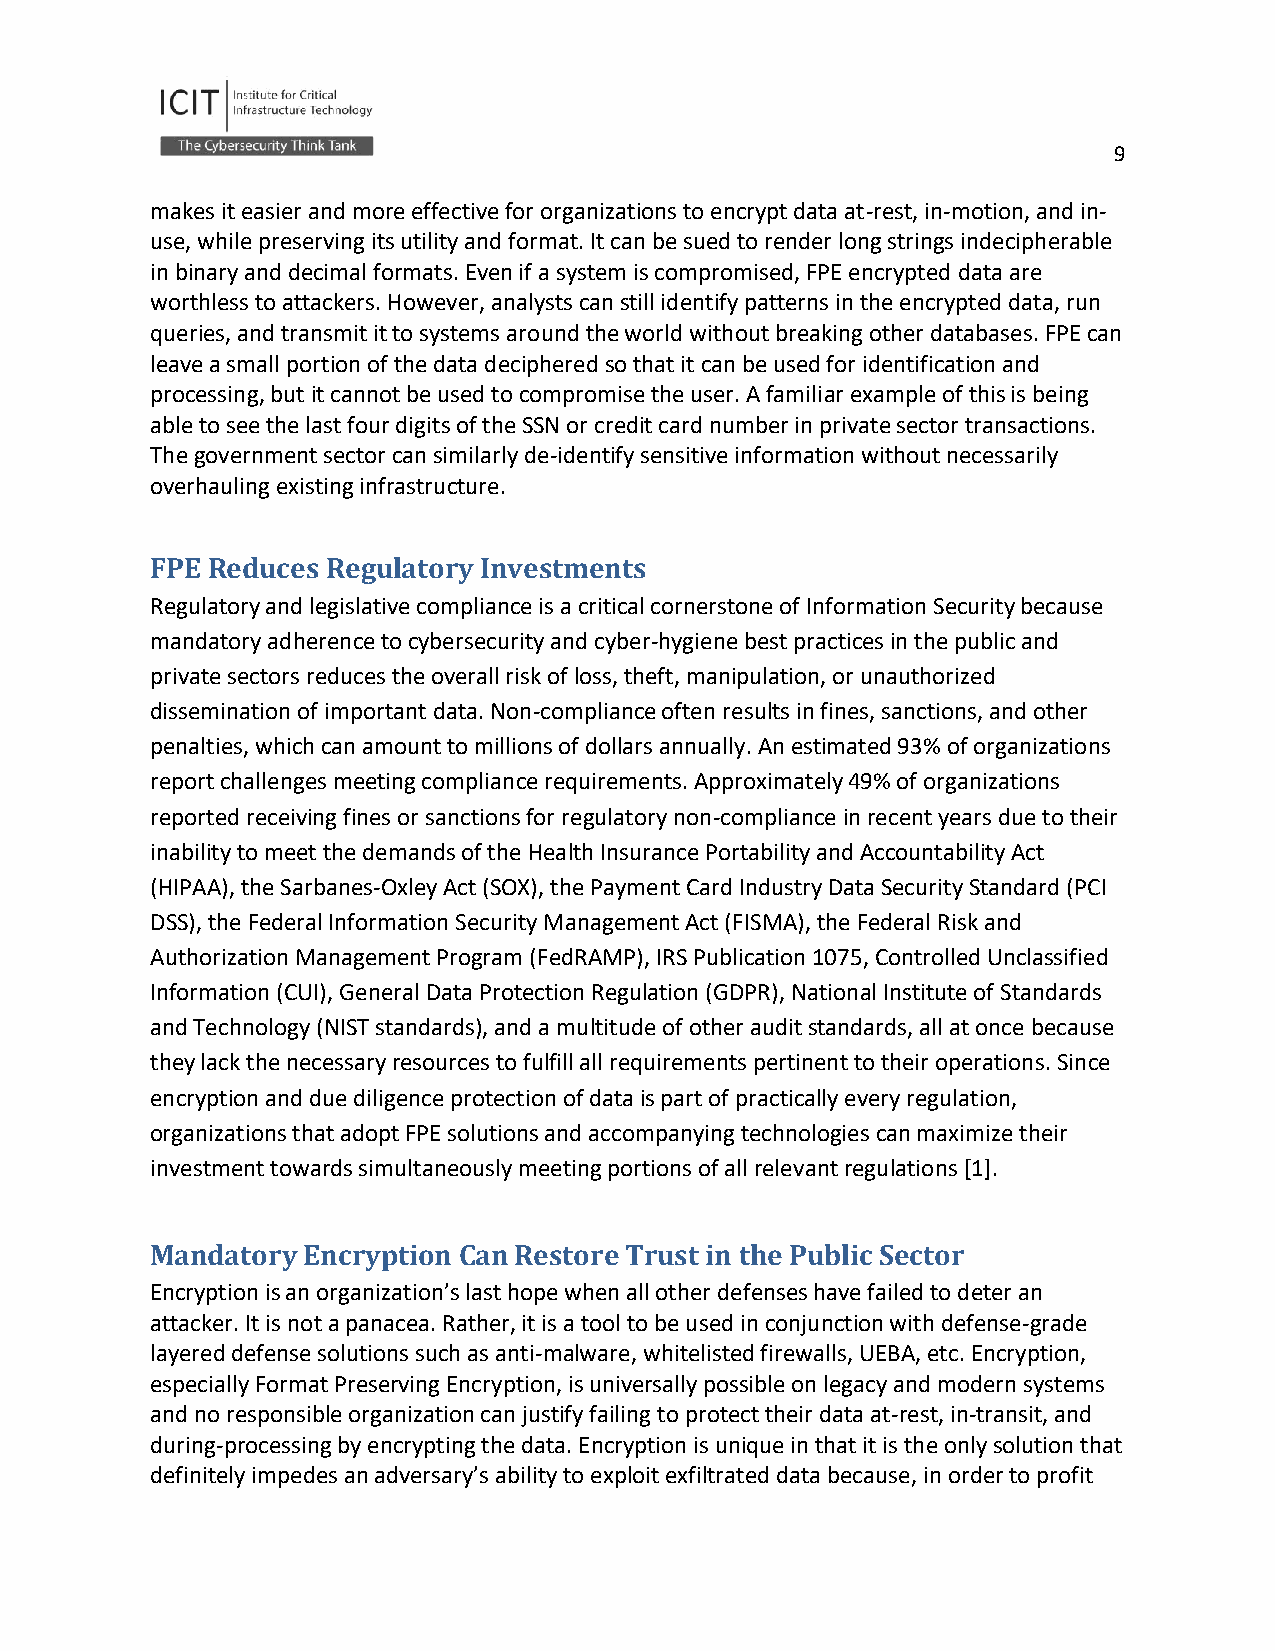
9
 makes it easier and more effective for organizations to encrypt data at-rest, in-motion, and in-
 use, while preserving its utility and format. It can be sued to render long strings indecipherable
 in binary and decimal formats. Even if a system is compromised, FPE encrypted data are
 worthless to attackers. However, analysts can still identify patterns in the encrypted data, run
 queries, and transmit it to systems around the world without breaking other databases. FPE can
 leave a small portion of the data deciphered so that it can be used for identification and
 processing, but it cannot be used to compromise the user. A familiar example of this is being
 able to see the last four digits of the SSN or credit card number in private sector transactions.
 The government sector can similarly de-identify sensitive information without necessarily
 overhauling existing infrastructure.
 FPE Reduces Regulatory Investments
 Regulatory and legislative compliance is a critical cornerstone of Information Security because
 mandatory adherence to cybersecurity and cyber-hygiene best practices in the public and
 private sectors reduces the overall risk of loss, theft, manipulation, or unauthorized
 dissemination of important data. Non-compliance often results in fines, sanctions, and other
 penalties, which can amount to millions of dollars annually. An estimated 93% of organizations
 report challenges meeting compliance requirements. Approximately 49% of organizations
 reported receiving fines or sanctions for regulatory non-compliance in recent years due to their
 inability to meet the demands of the Health Insurance Portability and Accountability Act
 (HIPAA), the Sarbanes-Oxley Act (SOX), the Payment Card Industry Data Security Standard (PCI
 DSS), the Federal Information Security Management Act (FISMA), the Federal Risk and
 Authorization Management Program (FedRAMP), IRS Publication 1075, Controlled Unclassified
 Information (CUI), General Data Protection Regulation (GDPR), National Institute of Standards
 and Technology (NIST standards), and a multitude of other audit standards, all at once because
 they lack the necessary resources to fulfill all requirements pertinent to their operations. Since
 encryption and due diligence protection of data is part of practically every regulation,
 organizations that adopt FPE solutions and accompanying technologies can maximize their
 investment towards simultaneously meeting portions of all relevant regulations [1].
 Mandatory Encryption Can Restore Trust in the Public Sector
 Encryption is an organization’s last hope when all other defenses have failed to deter an
 attacker. It is not a panacea. Rather, it is a tool to be used in conjunction with defense-grade
 layered defense solutions such as anti-malware, whitelisted firewalls, UEBA, etc. Encryption,
 especially Format Preserving Encryption, is universally possible on legacy and modern systems
 and no responsible organization can justify failing to protect their data at-rest, in-transit, and
 during-processing by encrypting the data. Encryption is unique in that it is the only solution that
 definitely impedes an adversary’s ability to exploit exfiltrated data because, in order to profit